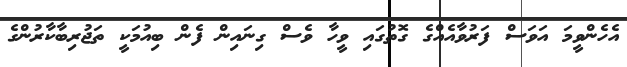
އެހެންވީމަ އަވަސް ފަރުވާއެއްގެ ގޮތުގައި ވީހާ ވެސް ގިނައިން ފެން ބިއުމަކީ ތަޖުރިބާކާރުންގެ